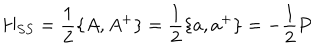
H _ { S S } = \frac { 1 } { 2 } \{ A , A ^ { + } \} = \frac { 1 } { 2 } \{ a , a ^ { + } \} = - \frac { 1 } { 2 } P